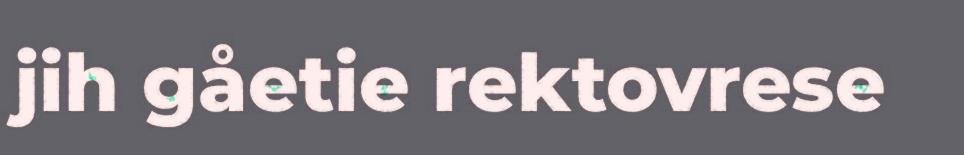
jih gåetie rektovrese